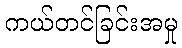
ကယ်တင်ခြင်းအမှု